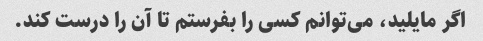
اگر مایلید، می‌توانم کسی را بفرستم تا آن را درست کند.